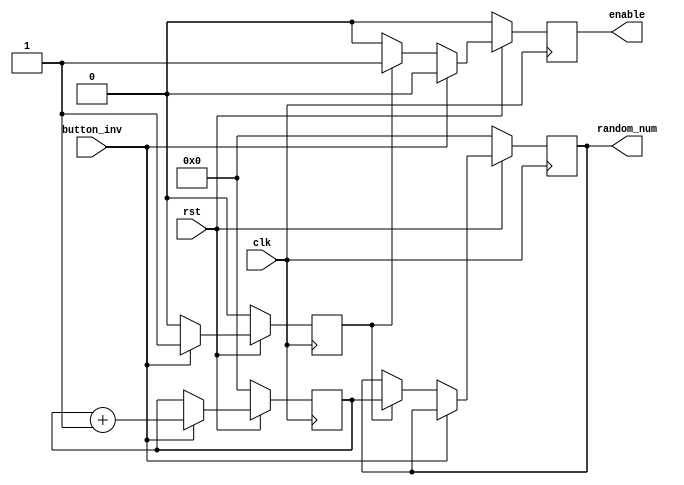
module four_Bit_Binary_Counter(button_inv,clk,rst,random_num,enable);
 input button_inv,clk,rst;
 output reg [3:0] random_num;
 output reg enable;
 reg [3:0] count;
 reg flag;

always @(posedge clk)
begin
if(rst==0)
begin
 count<=4'b0000;
 random_num<=4'b0000;
 enable<=0;
 flag=0;
end
else
begin
 if(button_inv==1)
 begin
 flag<=1;
 enable<=0;
 count<=count+4'b0001;
 end
 else
 begin
 if(flag==1)
 begin
 flag<=0;
 enable<=1;
 random_num<=count;
 end
 else enable<=0;
 end
end
end
endmodule